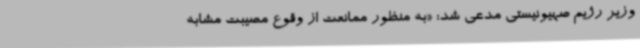
وزیر رژیم صهیونیستی مدعی شد: «به منظور ممانعت از وقوع مصیبت مشابه